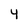
Character: 4